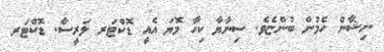
ނިޝާން ހެމުން ބުންޏެވެ. ސިނާޔާ ކިހާ މޮޔަ އެއީ ޑޮކްޓަރ ލަރީސާ. ޑޮކްޓަރ